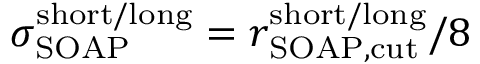
\sigma _ { \mathrm { S O A P } } ^ { \mathrm { s h o r t / l o n g } } = { r _ { \mathrm { S O A P , c u t } } ^ { \mathrm { s h o r t / l o n g } } } / 8